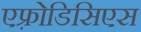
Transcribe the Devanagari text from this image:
एफ़्रोडिसिएस